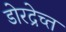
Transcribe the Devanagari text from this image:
डोरद्रेच्त